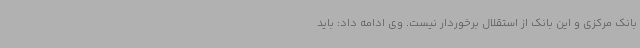
بانک مرکزی و این بانک از استقلال برخوردار نیست. وی ادامه داد: باید